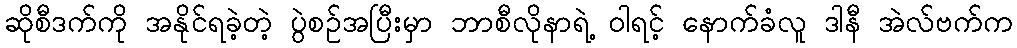
ဆိုစီဒက်ကို အနိုင်ရခဲ့တဲ့ ပွဲစဉ်အပြီးမှာ ဘာစီလိုနာရဲ့ ဝါရင့် နောက်ခံလူ ဒါနီ အဲလ်ဗက်က